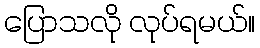
ပြောသလို လုပ်ရမယ်။